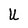
Character: U